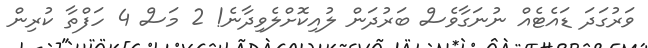
ވަރުގަދަ ޑައެޓެއް ނުނަގާވެސް ބަރުދަން ލުއިކޮށްލެވިދާނެ! 2 މަސް 4 ހަފްތާ ކުރިން